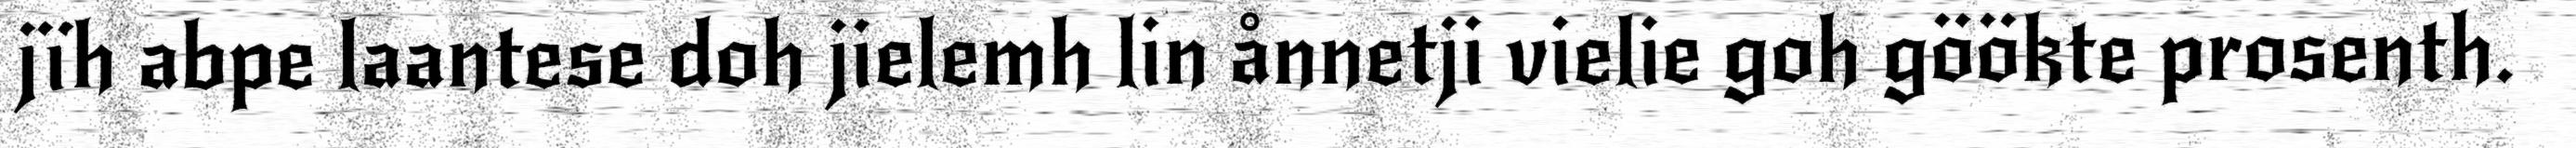
jïh abpe laantese doh jielemh lin ånnetji vielie goh göökte prosenth.